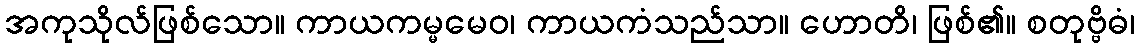
အကုသိုလ်ဖြစ်သော။ ကာယကမ္မမေဝ၊ ကာယကံသည်သာ။ ဟောတိ၊ ဖြစ်၏။ စတုဗ္ဗိဓံ၊